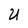
Character: U